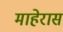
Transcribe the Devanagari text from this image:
माहेरास